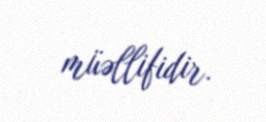
müəllifidir.